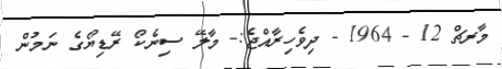
މާރޗް 12 - 1964 - ދިވެހިރާއްޖެ:- މާލޭ ސިނެކޯ ރޭޑިޔޯގެ ނަމުން